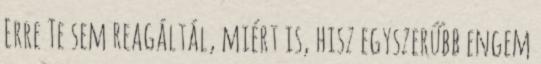
Erre Te sem reagáltál, miért is, hisz egyszerűbb engem